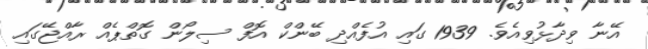
އޭނާ ވިދާޅުވިއެވެ. 1939 ގައި އުފެއްދި ބޭންކް އޮފް ސިލޯން ގޮތްޕެއް ރާއްޖޭގައި